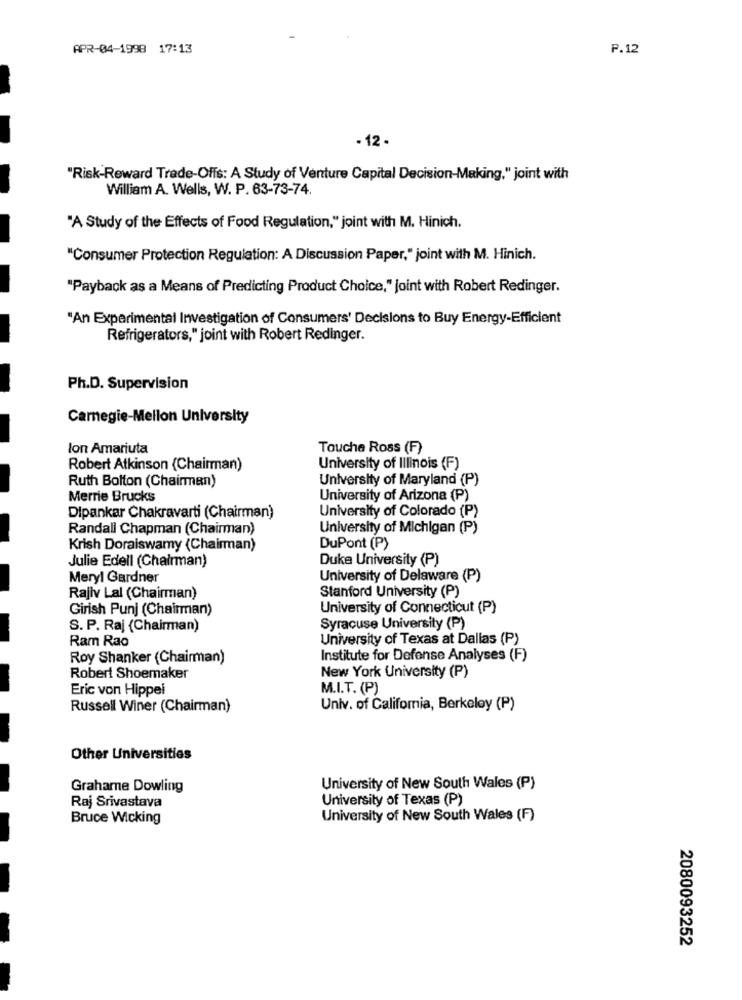
APR-04-1998 17:13
P.12
- 12 -
"Risk-Reward Trade-Offs: A Study of Venture Capital Decision-Making," joint with
William A. Wells, W. P. 63-73-74.
"A Study of the Effects of Food Regulation," joint with M. Hinich.
"Consumer Protection Regulation: A Discussion Paper," joint with M. Hinich.
"Payback as a Means of Predicting Product Choice," joint with Robert Redinger.
"An Experimental Investigation of Consumers' Decisions to Buy Energy-Efficient
Refrigerators," joint with Robert Redinger.
Ph.D. Supervision
Carnegie-Mellon University
lon Amariuta
Touche Ross (F)
Robert Atkinson (Chairman)
University of Illinois (F)
Ruth Bolton (Chairman)
University of Maryland (P)
Merrie Brucks
University of Arizona (P)
University of Colorado (P)
Dipankar Chakravarti (Chairman)
Randall Chapman (Chairman)
University of Michigan (P)
Krish Doraiswamy (Chairman)
DuPont (P)
Julie Edell (Chairman)
Duke University (P)
Meryl Gardner
University of Delaware (P)
Stanford University (P)
Rajiv Lal (Chairman)
Girish Punj (Chairman)
University of Connecticut (P)
S. P. Raj (Chairman)
Syracuse University (P)
Ram Rao
University of Texas at Dallas (P)
Roy Shanker (Chairman)
Institute for Defense Analyses (F)
Robert Shoemaker
New York University (P)
Eric von Hippel
M.I.T. (P)
Russell Winer (Chairman)
Univ. of California, Berkeley (P)
Other Universities
Grahame Dowling
University of New South Wales (P)
Raj Srivastava
University of Texas (P)
Bruce Wicking
University of New South Wales (F)
2080093252